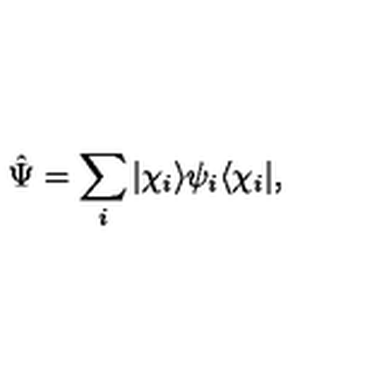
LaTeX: \hat { \Psi } = \sum _ { i } | \chi _ { i } \rangle \psi _ { i } \langle \chi _ { i } | ,